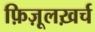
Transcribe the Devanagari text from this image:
फ़िज़ूलख़र्च